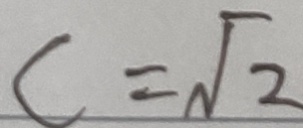
c = \sqrt { 2 }